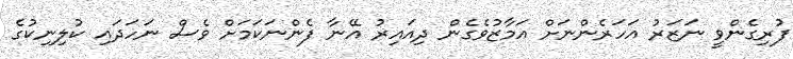
ފުރިގެންވީ ނަޒަރު އަހަރެންނަށް އަމާޒުވެގެން ދިއައިރު އޭނާ ފެންނަކަމަށް ވެސް ނަހަދައި ކުލިނިކުގެ